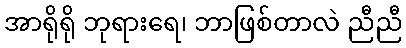
အာရိုရို ဘုရားရေ၊ ဘာဖြစ်တာလဲ ညီညီ